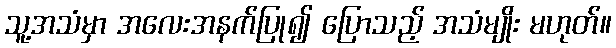
သူ့အသံမှာ အလေးအနက်ပြု၍ ပြောသည့် အသံမျိုး မဟုတ်။